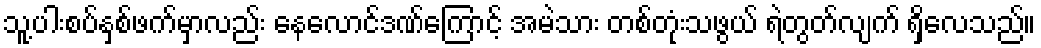
သူ့ပါးစပ်နှစ်ဖက်မှာလည်း နေလောင်ဒဏ်ကြောင့် အမဲသား တစ်တုံးသဖွယ် ရဲတွတ်လျက် ရှိလေသည်။